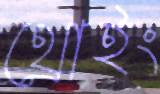
থ্রোইং